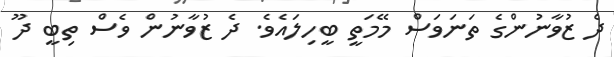
ދެ ޒުވާނުންގެ ތަނަވަސް މޭމަތީ ބީހިލައެވެ. ދެ ޒުވާނުން ވެސް ތިބީ ދޫ